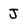
Character: J